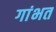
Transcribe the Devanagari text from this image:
गांभत